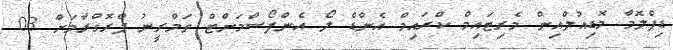
ޑިޕްލޮމާ މޮޑިއުލްއިން މެރިޓައިމް ކްރައިމް އެންޑް ލޯ އެންފޯސްމަންޓް ތަމްރީނު ޕްރޮގްރާމަށް 03